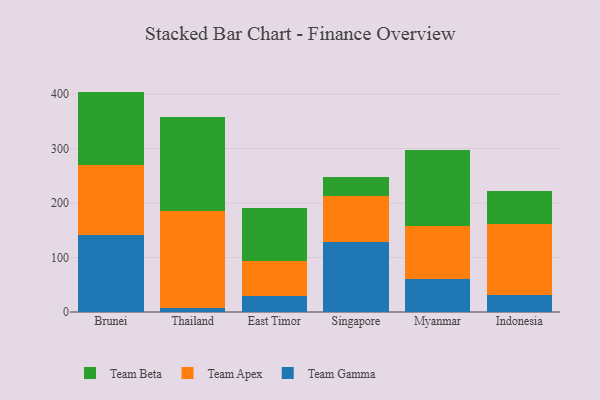
{"axis": {"x": "Country", "y": "Active Users"}, "legend": ["Team Apex", "Team Beta", "Team Gamma"], "data": [{"x": "Brunei", "y": 140.7, "type": "Team Gamma"}, {"x": "Brunei", "y": 129.5, "type": "Team Apex"}, {"x": "Brunei", "y": 134.6, "type": "Team Beta"}, {"x": "Thailand", "y": 7.1, "type": "Team Gamma"}, {"x": "Thailand", "y": 177.9, "type": "Team Apex"}, {"x": "Thailand", "y": 173.5, "type": "Team Beta"}, {"x": "East Timor", "y": 28.6, "type": "Team Gamma"}, {"x": "East Timor", "y": 65.8, "type": "Team Apex"}, {"x": "East Timor", "y": 96.0, "type": "Team Beta"}, {"x": "Singapore", "y": 128.3, "type": "Team Gamma"}, {"x": "Singapore", "y": 85.3, "type": "Team Apex"}, {"x": "Singapore", "y": 33.9, "type": "Team Beta"}, {"x": "Myanmar", "y": 60.7, "type": "Team Gamma"}, {"x": "Myanmar", "y": 96.4, "type": "Team Apex"}, {"x": "Myanmar", "y": 140.8, "type": "Team Beta"}, {"x": "Indonesia", "y": 30.6, "type": "Team Gamma"}, {"x": "Indonesia", "y": 131.6, "type": "Team Apex"}, {"x": "Indonesia", "y": 60.4, "type": "Team Beta"}]}